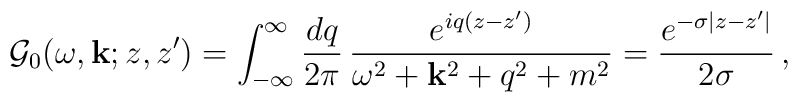
{\cal G}_0(\omega,{\bf k};z,z')=\int_{-\infty}^{\infty}\frac{dq}{2\pi}\,\frac{e^{iq(z-z')}}{\omega^2+{\bf k}^2+q^2+m^2}=\frac{e^{-\sigma|z-z'|}}{2\sigma}\,,